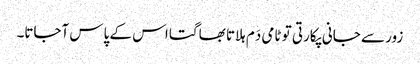
زور سے جانی پکارتی تو ٹامی دَم ہلاتا بھاگتا اس کے پاس آجاتا۔